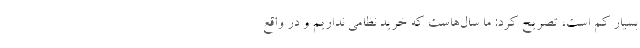
بسیار کم است، تصریح کرد: ما سال‌هاست که خرید نظامی نداریم و در واقع